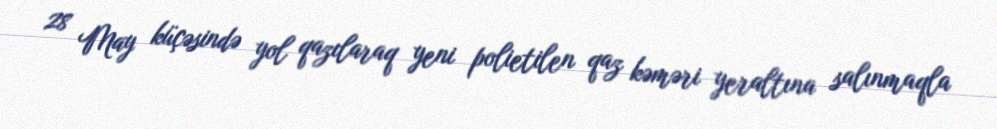
28 May küçəsində yol qazılaraq yeni polietilen qaz kəməri yeraltına salınmaqla